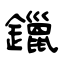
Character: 鑞